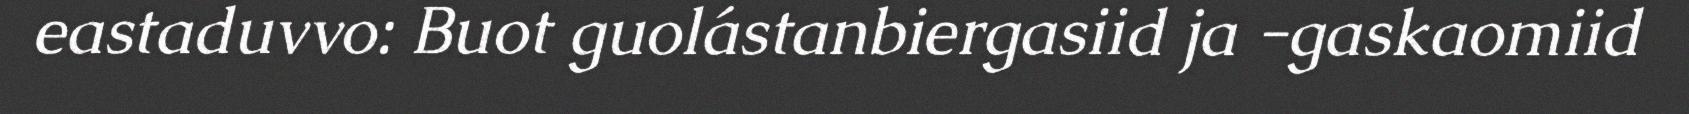
eastaduvvo: Buot guolástanbiergasiid ja -gaskaomiid